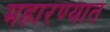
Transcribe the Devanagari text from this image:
महारण्यात